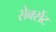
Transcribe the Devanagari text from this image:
सेक्सेंट